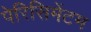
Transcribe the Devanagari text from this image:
पेरिसिमेंटम